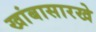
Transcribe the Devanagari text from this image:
खांबासारखे